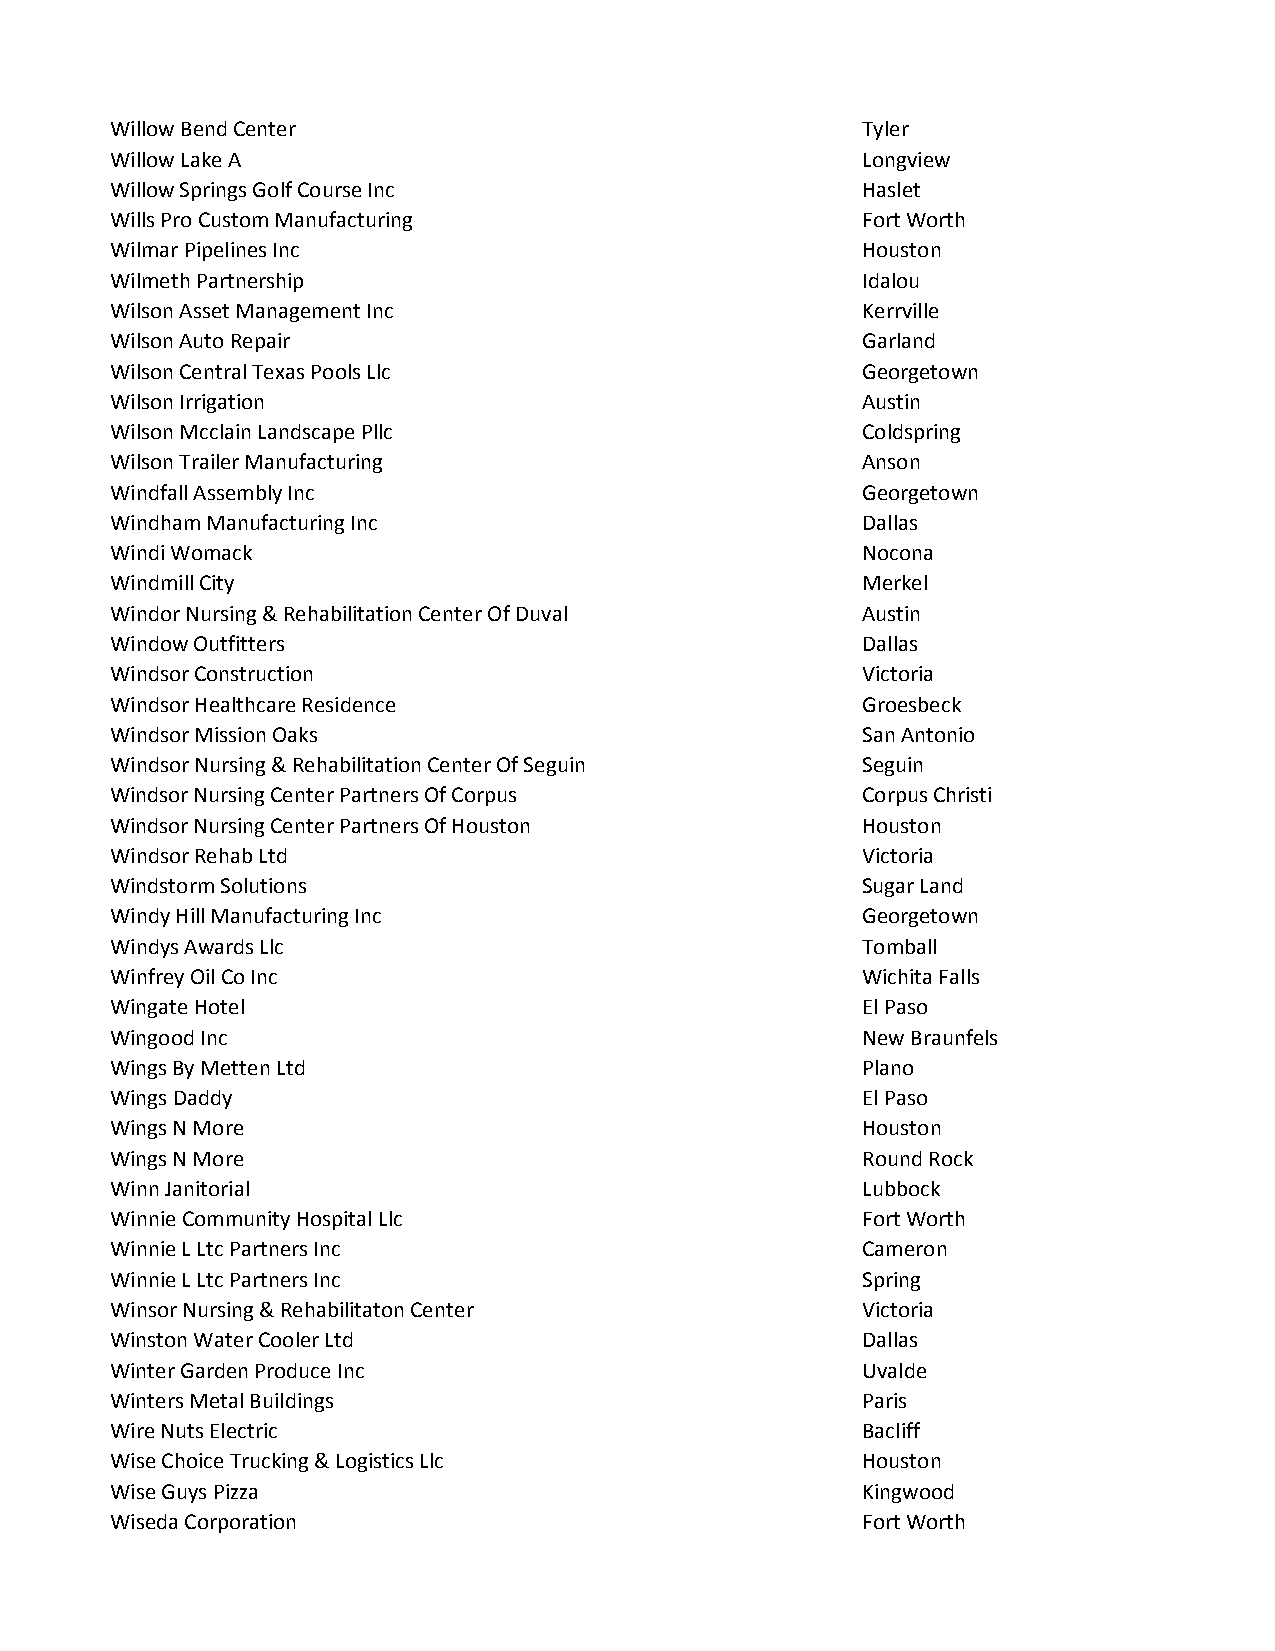
Willow Bend Center                                Tyler
 Willow Lake A                                     Longview
 Willow Springs Golf Course Inc                    Haslet
 Wills Pro Custom Manufacturing                    Fort Worth
 Wilmar Pipelines Inc                              Houston
 Wilmeth Partnership                               Idalou
 Wilson Asset Management Inc                       Kerrville
 Wilson Auto Repair                                Garland
 Wilson Central Texas Pools Llc                    Georgetown
 Wilson Irrigation                                 Austin
 Wilson Mcclain Landscape Pllc                     Coldspring
 Wilson Trailer Manufacturing                      Anson
 Windfall Assembly Inc                             Georgetown
 Windham Manufacturing Inc                         Dallas
 Windi Womack                                      Nocona
 Windmill City                                     Merkel
 Windor Nursing & Rehabilitation Center Of Duval   Austin
 Window Outfitters                                 Dallas
 Windsor Construction                              Victoria
 Windsor Healthcare Residence                      Groesbeck
 Windsor Mission Oaks                              San Antonio
 Windsor Nursing & Rehabilitation Center Of Seguin Seguin
 Windsor Nursing Center Partners Of Corpus         Corpus Christi
 Windsor Nursing Center Partners Of Houston        Houston
 Windsor Rehab Ltd                                 Victoria
 Windstorm Solutions                               Sugar Land
 Windy Hill Manufacturing Inc                      Georgetown
 Windys Awards Llc                                 Tomball
 Winfrey Oil Co Inc                                Wichita Falls
 Wingate Hotel                                     El Paso
 Wingood Inc                                       New Braunfels
 Wings By Metten Ltd                               Plano
 Wings Daddy                                       El Paso
 Wings N More                                      Houston
 Wings N More                                      Round Rock
 Winn Janitorial                                   Lubbock
 Winnie Community Hospital Llc                     Fort Worth
 Winnie L Ltc Partners Inc                         Cameron
 Winnie L Ltc Partners Inc                         Spring
 Winsor Nursing & Rehabilitaton Center             Victoria
 Winston Water Cooler Ltd                          Dallas
 Winter Garden Produce Inc                         Uvalde
 Winters Metal Buildings                           Paris
 Wire Nuts Electric                                Bacliff
 Wise Choice Trucking & Logistics Llc              Houston
 Wise Guys Pizza                                   Kingwood
 Wiseda Corporation                                Fort Worth